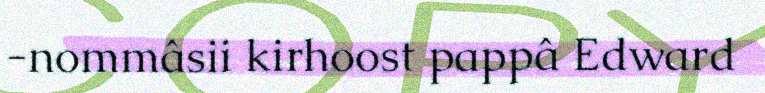
-nommâsii kirhoost pappâ Edward